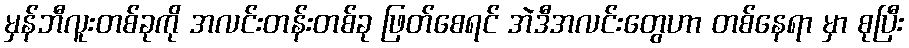
မှန်ဘီလူးတစ်ခုကို အလင်းတန်းတစ်ခု ဖြတ်စေရင် အဲဒီအလင်းတွေဟာ တစ်နေရာ မှာ စုပြီး